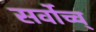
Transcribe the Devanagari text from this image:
सर्वोच्च्